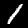
Digit: 1